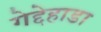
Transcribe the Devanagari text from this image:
गेद्देहाडा